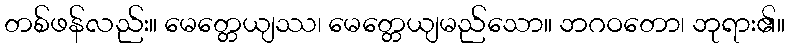
တစ်ဖန်လည်း။ မေတ္တေယျဿ၊ မေတ္တေယျမည်သော။ ဘဂဝတော၊ ဘုရား၏။